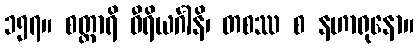
၁၅၇။ စတ္တာရိ ဝီရိယင်္ဂါနိ၊ တစဿ စ နဟာရုနော။